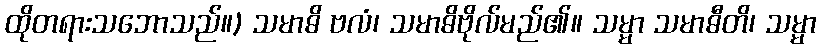
ထိုတရားသဘောသည်။) သမာဓိ ဗလံ၊ သမာဓိဗိုလ်မည်၏။ သမ္မာ သမာဓီတိ၊ သမ္မာ